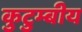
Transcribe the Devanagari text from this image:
कुटुम्बीय